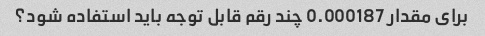
برای مقدار 0.000187 چند رقم قابل توجه باید استفاده شود؟